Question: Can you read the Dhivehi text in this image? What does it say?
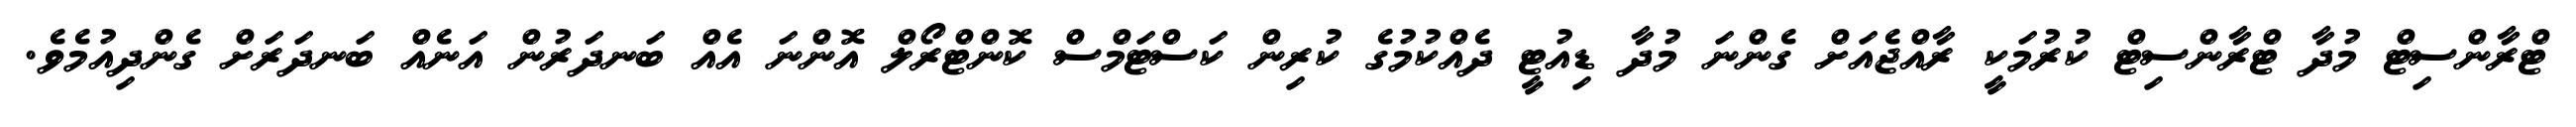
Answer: ޓްރާންސިޓް މުދާ ޓްރާންސިޓް ކުރުމަކީ ރާއްޖެއަށް ގެންނަ މުދާ ޑިއުޓީ ދެއްކުމުގެ ކުރިން ކަސްޓަމްސް ކޮންޓްރޯލް އޮންނަ އެއް ބަނދަރުން އަނެއް ބަނދަރަށް ގެންދިއުމެވެ.